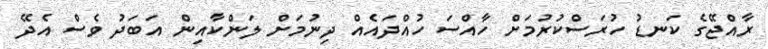
ރާއްޖޭގެ ކަނޑު ހުރަސްކުރުމަށް ހާއްސަ ހުއްދައެއް ދިނުމަށް ލަންކާއިން އަބަދު ވެސް އެދޭ